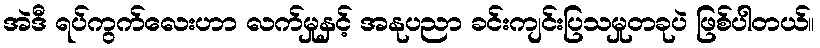
အဲဒီ ရပ်ကွက်လေးဟာ လက်မှုနှင့် အနုပညာ ခင်းကျင်းပြသမှုတခုပဲ ဖြစ်ပါတယ်။